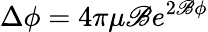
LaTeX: \Delta\phi=4\pi\mu\mathscr{B}e^{2\mathscr{B}\phi}